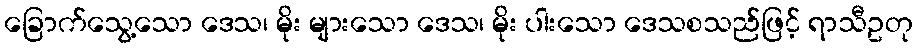
ခြောက်သွေ့သော ဒေသ၊ မိုး များသော ဒေသ၊ မိုး ပါးသော ဒေသစသည်ဖြင့် ရာသီဥတု